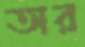
অর